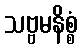
သဗ္ဗမနိစ္စံ